Vaike-Kullamaa_(Vaikna)_vallavalitsus, lk 34
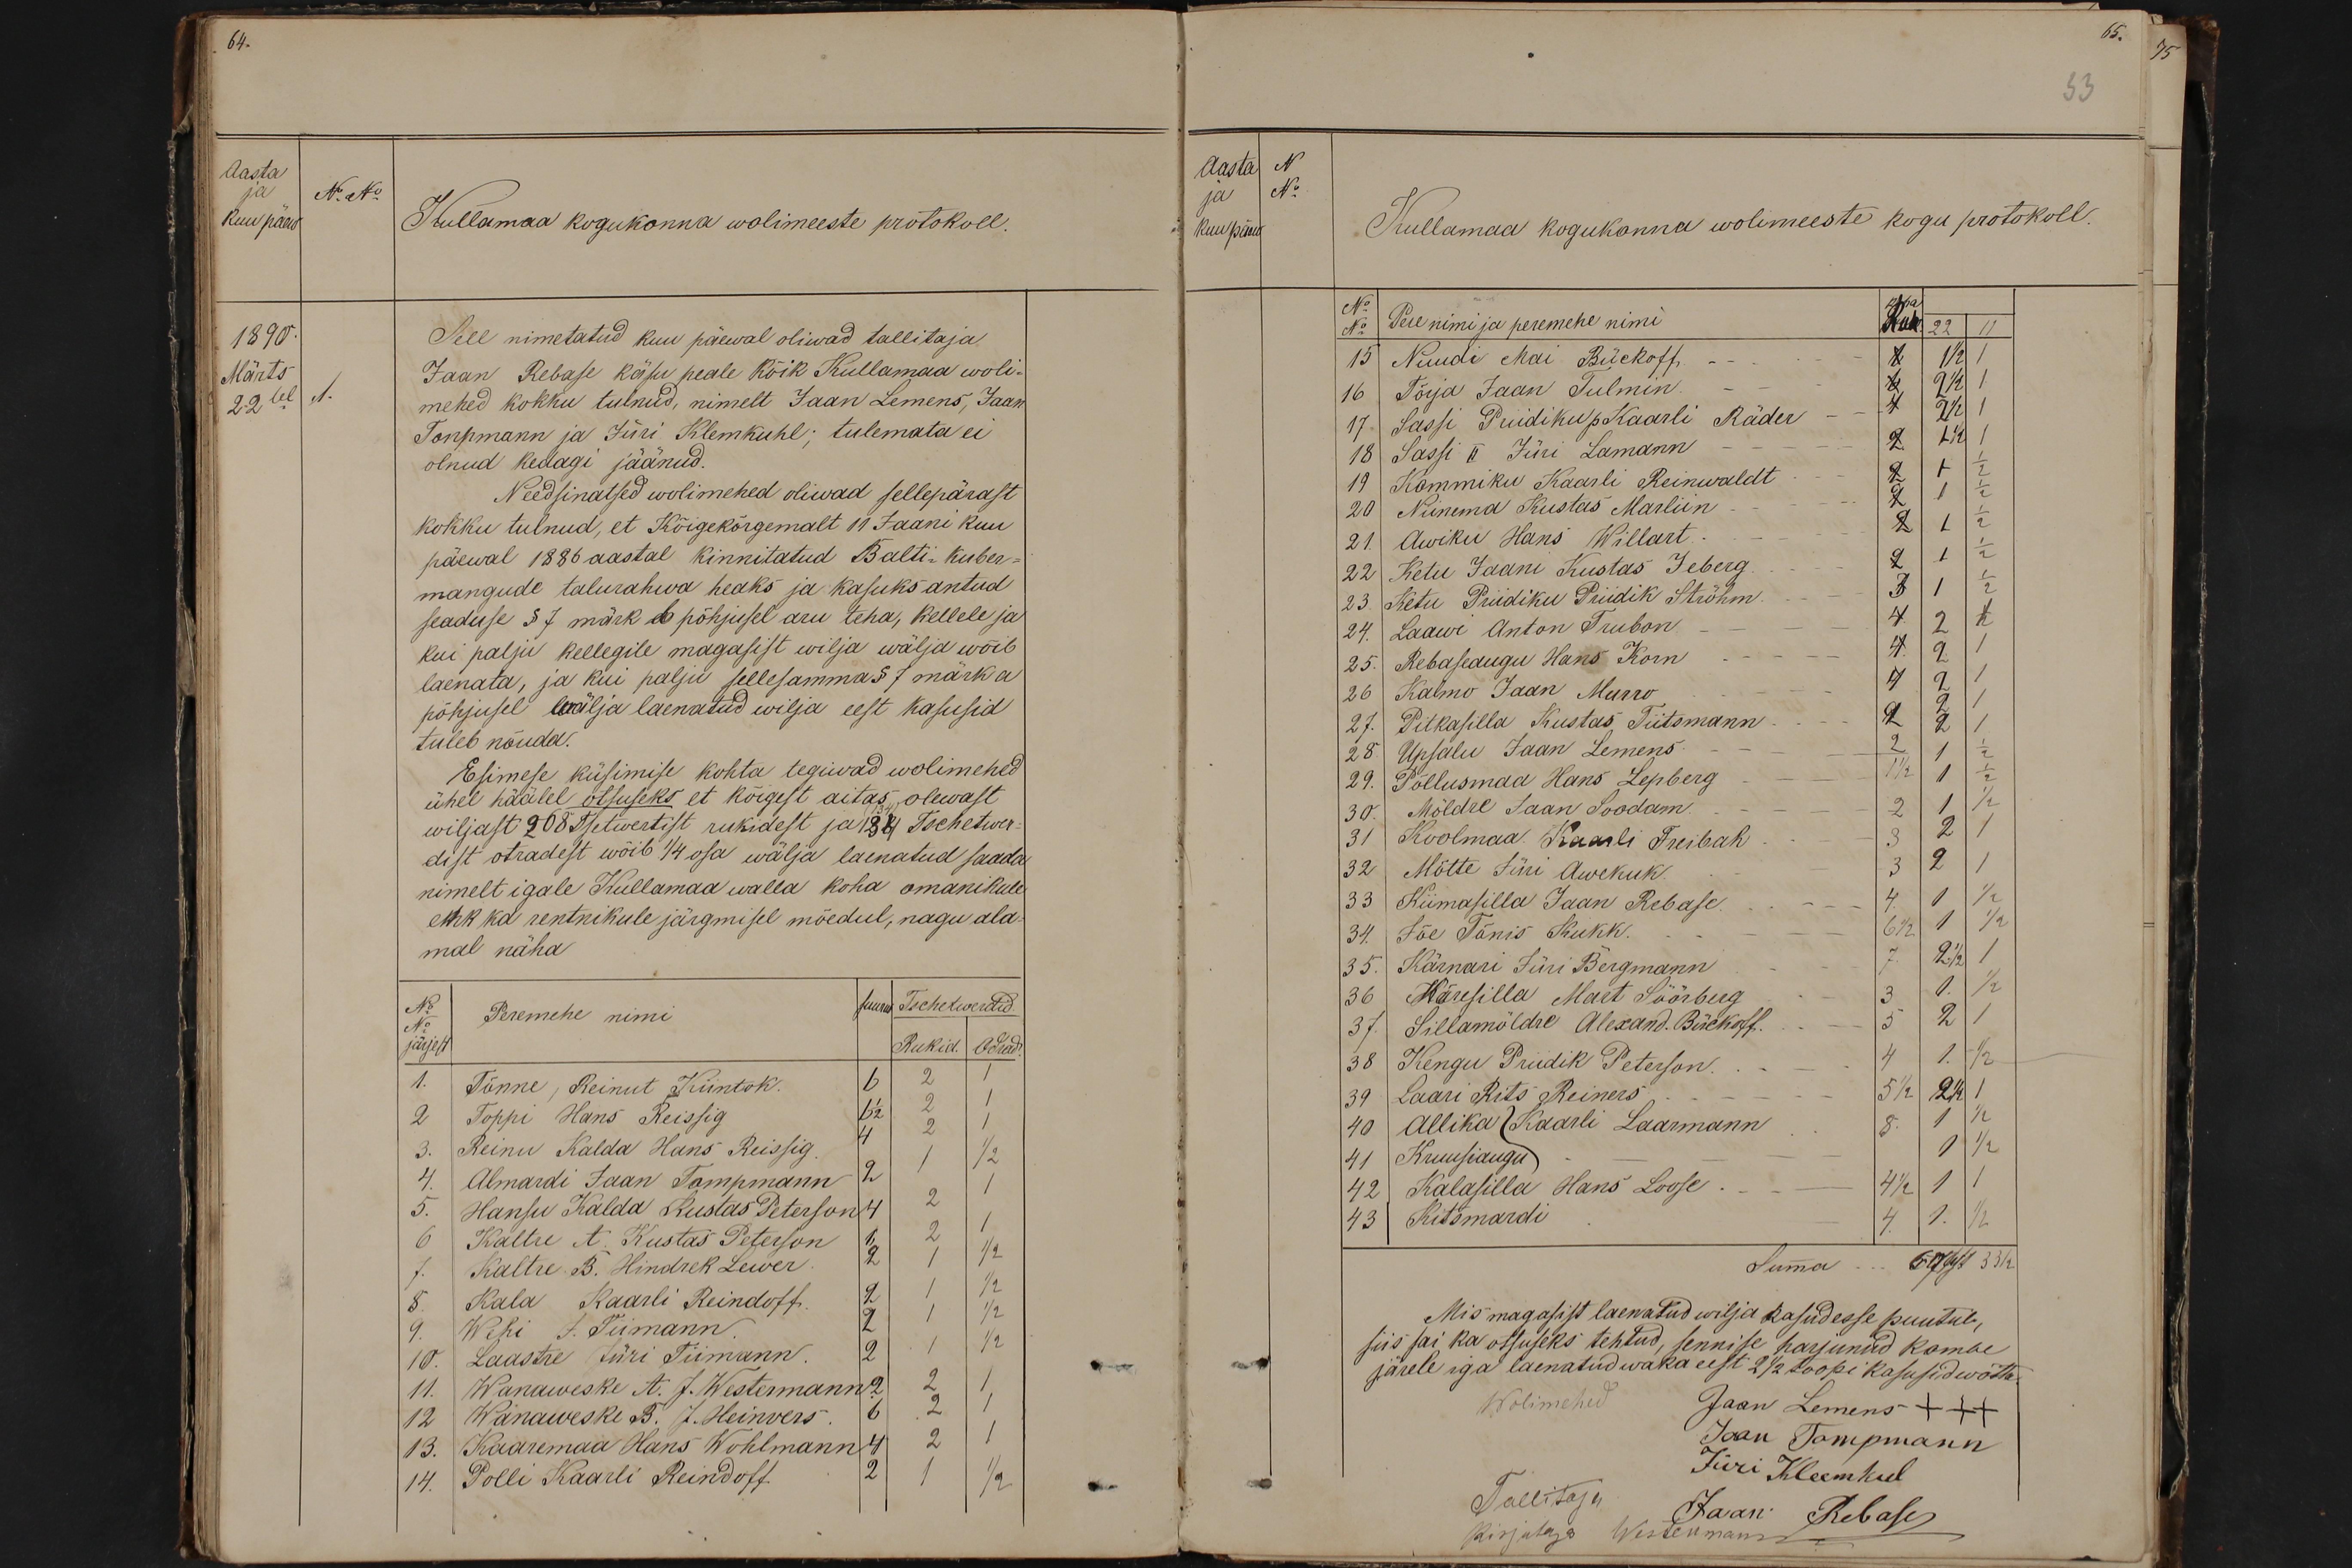
Aasta
No No
ja
kuu päew
Kullamaa kogukonna wolimeeste protokoll.
1890.
Sell nimetatud kuu päewal oliwad tallitaja
Märts
Jaan Rebase käsu peale kõik Kullamaa woli-
1.
22sel
mehed kokku tulnud, nimelt Jaan Lemens, Jaan-
Tonpmann ja Jüri Klemkuhl; tulemata ei
olnud kedagi jäänud.
Needsinatsed wolimehed oliwad sellepärast
kokku tulnud, et Kõigekõrgemalt 11 Jaani kuu
päewal 1886 aastal kinnitatud Balti-kuber-
mangude talurahwa heaks ja kasuks antud
seaduse §7 märk b põhjusel aru teha, kellele ja
kui palju kellegile magasist wilja wälja wõib
laenata, ja kui palju sellesammas §7 märk a
põhjusel wälja laenatud wilja eest kasusid
tuleb nõuda.
Esimese küsimise kohta tegiwad wolimehed
ühel häälel otsuseks et kõigest aitas olewast
wiljast 268 Tsetwertist rukidest ja 134 Tschetwer-
dist otradest wõib 1/4 osa wälja laenatud saada
nimelt igale Kullamaa walla koha omanikule
ehk ka rentnikule järgmisel mõedul, nagu ala-
mal näha
No
Peremehe nimi
Suurus Tschetwerdid.
No
järjest
Rukid. Odrad.
1 Tõnne, Reinut Kiintok.
6
2 Toppi Hans Reissig
6 1/2
3. Reinu Kalda Hans Reissig.
2
1
1/2
4. Almardi Jaan Tompmann 2
5. Hansu Kalda Kustas Peterson 4
2
6 Kaltre A. Kustas Peterson 1.
7. Kaltre. B. Hindrek Lewer. 2 1 1/2
2
5. Kala Kaarli Reindoff. 2
9. Wehi J. Tiimann 1
10. Laastre Jüri Tiimann. 2 1 1/2
11. Wanaweske A. J. Westermann 2 2 1
12 Wanaweske B. J. Heinvers. 6 2 1
13. Kaaremaa Hans Wohlmann 4 2
14. Polli Kaarli Reindoff.
1/2

33
aasta
N
ja
No.
kuu päew
Kullamaa kogukonna wolimeeste kogu protokoll.
No. No. Pere nimi ja peremehe nimi
Kur
22 11
15 Nuudi Mai Bückoff.
X
1 1/2
16 Tõrja Jaan Tulmin.
X.
17. Sassi Priidiku p Kaarli Räder -
2 1/2
18 Sassi II Jüri Lamann
2.
1
19 Kommiku Kaarli Reinwaldt.
20 Niinema Kustas Marliin
7
1/2
1 1/2
21. Awiku Hans Willart.
1
22 Ketu Jaani Kustas Seberg.
7.
1/2
23. Ketu Priidiku Priidik Ströhm.
3
1/2
24. Laawi Anton Trubon - - -
4
25. Rebaseaugu Hans Korn
4.
26 Kalmo Jaan Murro
1,
27. Pitkasilla Kustas Tiitsmann 2 2
1.
28. Upsalu Jaan Lemens.
2
29. Põllusmaa Hans Lepberg - -
1 1/2 1 1/2
30. Möldre Jaan Soodam.
2
1 1/2
31 Koolmaa Kaarli Freibah -
3
32 Mõtte Jüri Awekuk.
3 2
1
33 Kiimasilla Jaan Rebase.
4. 1 1/2
34. Jõe Tõnis Kukk.
6 1/2 1 1/ 2
35. Kärnari Jüri Bergmann
7. 2 1/2 1
36 Käresilla Mart Söörberg.
3 1 1/2
37. Sillamöldre Alexand. Bückoff. - - 5 2 1
38 Kengu Priidik Peterson.
4 1. 1/2
39 Laari Rits Reiners - - 5 1/2 2 1/2
40 Allika Kaarli Laarmann  8. 1 1/2
41 Kruusiaugu
11/2
42 Kalasilla Hans Loose - - 4 1/2 1 1
43 Kitsmardi
4 1. 1/2
Summa 69xx 3 3/2
Mis magasist laenatud wilja kasudesse puutub,
siis sai ka otsuseks tehtud, sennise harjunud kombe
järele iga laenatud waka eest 2 1/2 toopi kasusid wõtta
Wolimehed Jaan Lemens +++
Jaan Tompmann
Jüri Kleemkul
Tallitaja Jaan Rebase
Kirjutaja Westermann